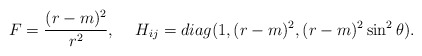
\begin{align*}F=\frac{(r-m)^2}{r^2},\hspace*{5mm}H_{ij}=diag(1,(r-m)^2,(r-m)^2\sin^2\theta).\end{align*}